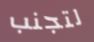
لتجنب